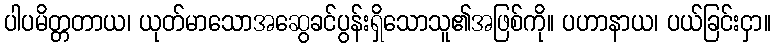
ပါပမိတ္တတာယ၊ ယုတ်မာသောအဆွေခင်ပွန်းရှိသောသူ၏အဖြစ်ကို။ ပဟာနာယ၊ ပယ်ခြင်းငှာ။